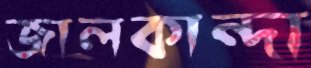
জালকান্দা